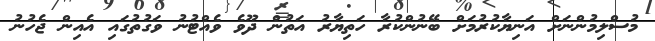
މުސްލިމުންނަށް އަނިޔާކުރުމަށް ބޭނުންކުރާ ހަތިޔާރު އަތުން ދޫވެ ވެއްޓުނު ވަގުތުގައި އެއިން ޖެހުނު